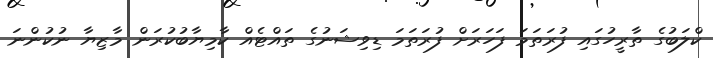
ކްލަބުގެ ތާރީހުގައި ފުރަތަމަ ފަހަރަށް ފުރަތަމަ ޑިވިޝަނުގެ ތައްޓެއް ކާމިޔާބުކުރަން މާޒިޔާ ނުކުންނަ